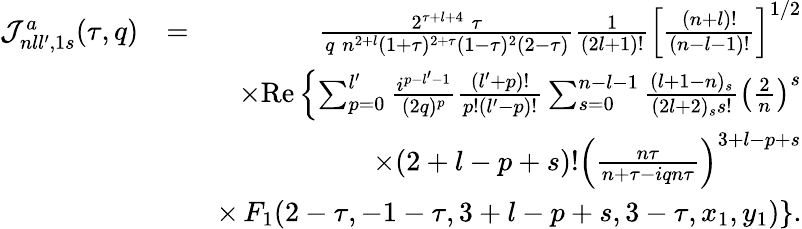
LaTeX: \begin{array}{rlr}{{\cal J}_{nll^{\prime},1s}^{a}(\tau,q)}&{=}&{\frac{2^{\tau+l+4}\; \tau}{q\; n^{2+l}(1+\tau)^{2+\tau}(1-\tau)^{2}(2-\tau)}\frac{1}{(2l+1)!}\left[\frac{(n+l)!}{(n-l-1)!}\right]^{1/2}}\\ &{}&{\times\mathrm{Re}\left\{ \sum_{p=0}^{l^{\prime}}\frac{i^{p-l^{\prime}-1}}{(2q)^{p}}\frac{(l^{\prime}+p)!}{p!(l^{\prime}-p)!}\sum_{s=0}^{n-l-1}\frac{(l+1-n)_{s}}{(2l+2)_{s}s!}\left(\frac{2}{n}\right)^{s}\right.}\\ &{}&{\times(2+l-p+s)!\left(\frac{n\tau}{n+\tau-iqn\tau}\right)^{3+l-p+s}}\\ &{}&{\times\left.F_{1}(2-\tau,-1-\tau,3+l-p+s,3-\tau,x_{1},y_{1})\right\} .}\end{array}